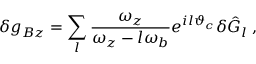
\delta g _ { B z } = \sum _ { l } \frac { \omega _ { z } } { \omega _ { z } - l \omega _ { b } } e ^ { i l \vartheta _ { c } } \delta \hat { G } _ { l } \; ,